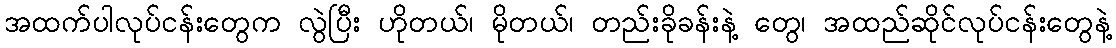
အထက်ပါလုပ်ငန်းတွေက လွဲပြီး ဟိုတယ်၊ မိုတယ်၊ တည်းခိုခန်းနဲ့ တွေ၊ အထည်ဆိုင်လုပ်ငန်းတွေနဲ့